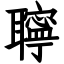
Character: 聹